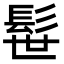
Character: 髰